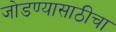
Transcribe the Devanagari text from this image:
जोडण्यासाठीचा